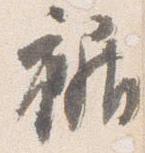
裾